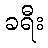
ခရီး